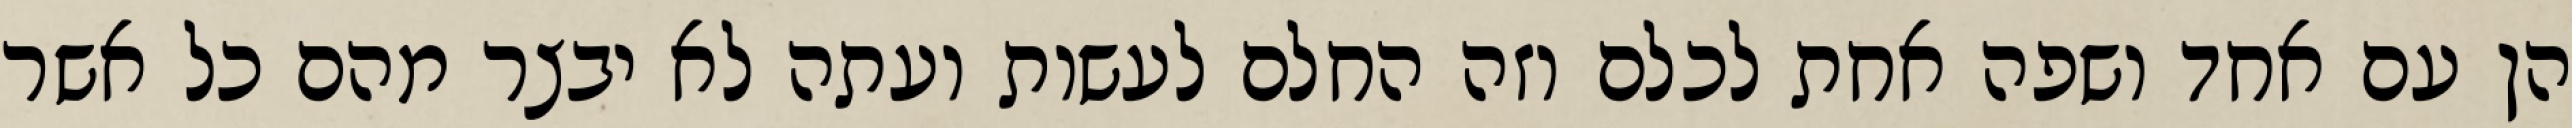
הן עם אחד ושפה אחת לכלם וזה החלם לעשות ועתה לא יבצר מהם כל אשר